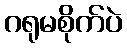
ဂရုမစိုက်ပဲ